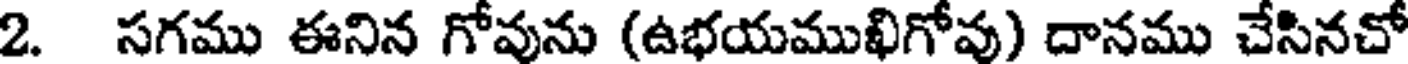
2. సగము ఈనిన గోవును (ఉభయముఖిగోవు) దానము చేసినచో